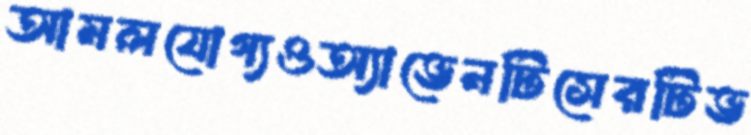
আমলযোগ্যওঅ্যাভেনটিসেরটিভ